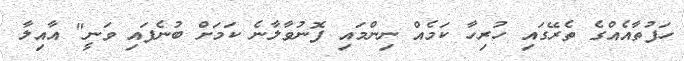
ހަފުތާއެއްގެ ތެރޭގައި ހުރިހާ ކަމެއް ނިންމައި ފޮނުވާލާނެ ކަމަށް ބުނެފައި ވަނީ" އާއިލާ